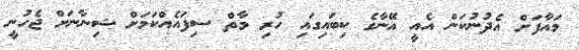
މައާފަށް އެދުނުކަން އެއީ އޭނާގެ ކިބައިގައި ހުރި މާތް ސިފައެއްކަމަށް ޝިނާނަށް ޖެހުނީ